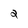
Character: 2